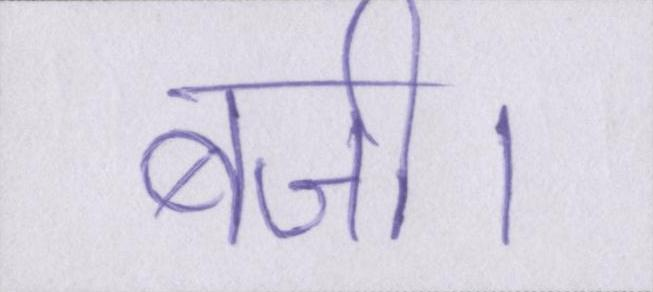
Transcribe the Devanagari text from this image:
बजी।